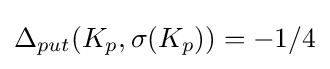
\Delta _{put}(K_{p},\sigma (K_{p}))=-1/4